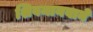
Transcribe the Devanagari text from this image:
शिवमानवाने